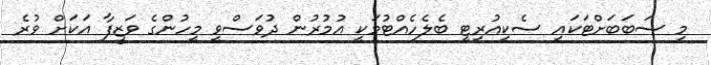
މި ސަބަބަށްޓަކައި ސެކިއުރިޓީ ބެލެހެއްޓުމަކީ އުމުރުން ދުވަސްވީ މީހުންގެ ވަޒީފާ އަކަށް ވުރެ